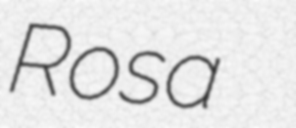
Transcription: Rosa